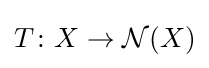
T\colon X\to {\mathcal {N}}(X)